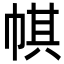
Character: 帺